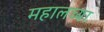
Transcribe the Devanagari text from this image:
महालच्या